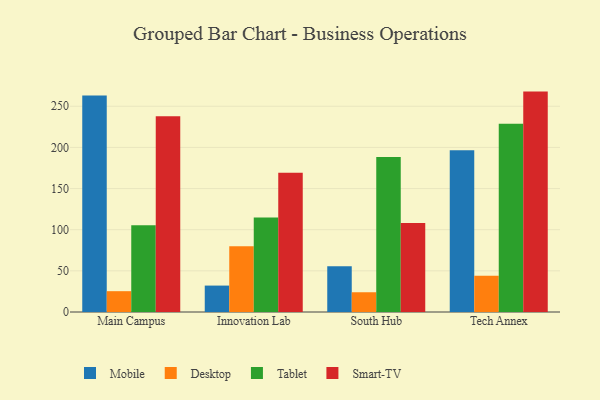
{"axis": {"x": "Campus", "y": "Churn Rate (%)"}, "legend": ["Desktop", "Mobile", "Smart-TV", "Tablet"], "data": [{"x": "Main Campus", "y": 263.2, "type": "Mobile"}, {"x": "Main Campus", "y": 25.3, "type": "Desktop"}, {"x": "Main Campus", "y": 105.5, "type": "Tablet"}, {"x": "Main Campus", "y": 238.0, "type": "Smart-TV"}, {"x": "Innovation Lab", "y": 32.1, "type": "Mobile"}, {"x": "Innovation Lab", "y": 80.0, "type": "Desktop"}, {"x": "Innovation Lab", "y": 114.9, "type": "Tablet"}, {"x": "Innovation Lab", "y": 169.3, "type": "Smart-TV"}, {"x": "South Hub", "y": 55.7, "type": "Mobile"}, {"x": "South Hub", "y": 24.0, "type": "Desktop"}, {"x": "South Hub", "y": 188.3, "type": "Tablet"}, {"x": "South Hub", "y": 108.1, "type": "Smart-TV"}, {"x": "Tech Annex", "y": 196.4, "type": "Mobile"}, {"x": "Tech Annex", "y": 43.9, "type": "Desktop"}, {"x": "Tech Annex", "y": 228.7, "type": "Tablet"}, {"x": "Tech Annex", "y": 267.8, "type": "Smart-TV"}]}